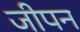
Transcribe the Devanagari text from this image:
जीपन